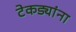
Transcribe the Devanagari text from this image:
टेकड्यांना